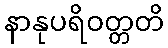
နာနုပရိဝတ္တတိ